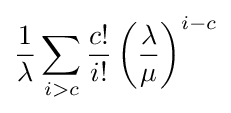
{\frac {1}{\lambda }}\sum _{i>c}{\frac {c!}{i!}}\left({\frac {\lambda }{\mu }}\right)^{i-c}